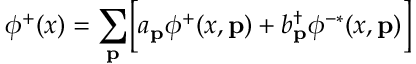
\phi ^ { + } ( x ) = \sum _ { \bf p } \Bigl [ a _ { \bf p } \phi ^ { + } ( x , { \bf p } ) + b _ { \bf p } ^ { \dagger } \phi ^ { - * } ( x , { \bf p } ) \Bigr ]